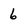
Character: 6